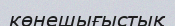
көнешығыстық